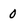
Character: 0